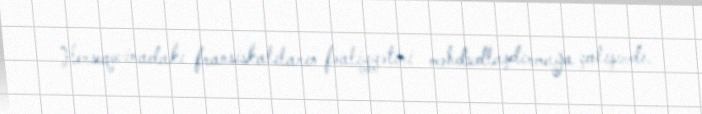
Herseqovinadakı fransiskalıların fəaliyyətini məhdudlaşdırmağa çalışırdı.